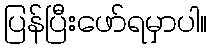
ပြန်ပြီးဖော်ရမှာပါ။